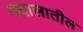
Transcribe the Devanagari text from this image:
ख्यालातील